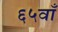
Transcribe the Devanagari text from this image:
६५वाँ